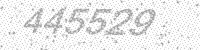
Solution: 445529